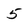
Character: 5